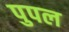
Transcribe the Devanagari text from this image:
पुपल